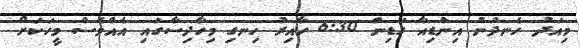
މިއަދު ހެނދުނު އިންޑިއާ ގަޑިން 6:30 ހާއިރު ހިނގި މިހާދިސާގައި އެއްވެސް މީހަކަށް